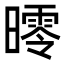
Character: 㬡